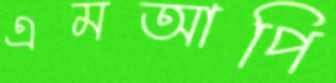
এমআপি